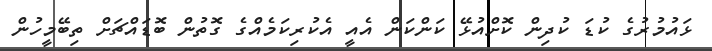
ޅައުމުރުގެ ކުޑަ ކުދިން ކޮށްއުޅޭ ކަންކަން އެއީ އެކުރިކަމެއްގެ ގޮތުން ބޮޑައްޗަށް ތިބޭމީހުން